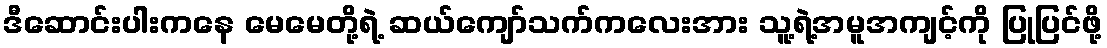
ဒီဆောင်းပါးကနေ မေမေတို့ရဲ့ ဆယ်ကျော်သက်ကလေးအား သူ့ရဲ့အမူအကျင့်ကို ပြုပြင်ဖို့